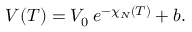
V ( T ) = V _ { 0 } \: e ^ { - \chi _ { N } ( T ) } + b .